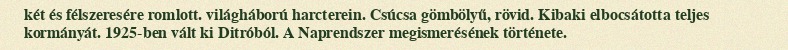
két és félszeresére romlott. világháború harcterein. Csúcsa gömbölyű, rövid. Kibaki elbocsátotta teljes kormányát. 1925-ben vált ki Ditróból. A Naprendszer megismerésének története.